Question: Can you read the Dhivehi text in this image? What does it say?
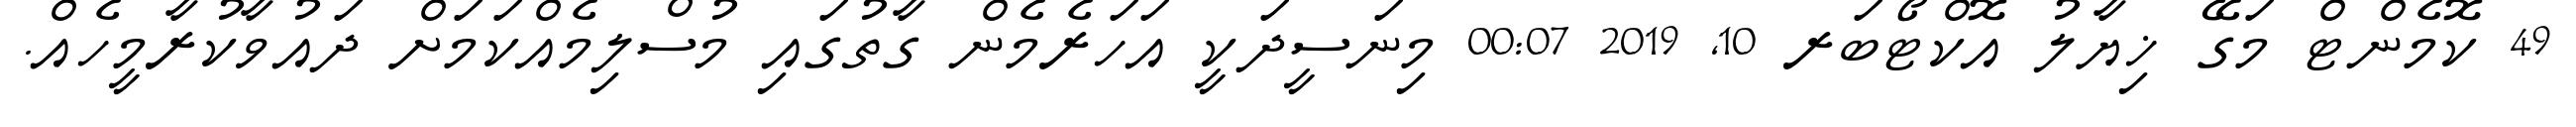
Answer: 49 ކޮމެންޓް މަގޭ ޚިޔާލު އޮކްޓޯބަރ 10, 2019 00:07 މިނަސީދަކީ އަހަރެމެން ގާތުގައި މުސްލިމެއްކަމަށް ދައުވާކުރާމީހެއް.